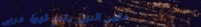
مقهى النيل يقدم قهوة عربي